Scottish Leaving Certificate Examination, 1952
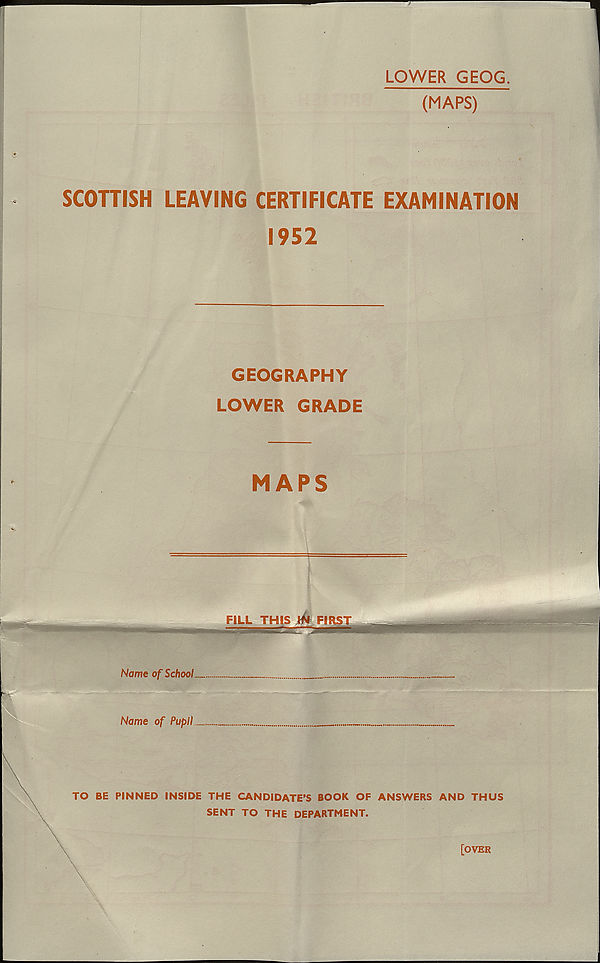
7
LOWER GEOG.
(MAPS)
SCOTTISH LEAVING CERTIFICATE EXAMINATION
1952
GEOGRAPHY
LOWER GRADE
MAPS
FILL TH
k
m>
Name of SchooL
Name of Pupil
TO BE PINNED INSIDE THE CANDIDATE'S BOOK OF ANSWERS AND THUS
SENT TO THE DEPARTMENT.
[OVER